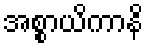
အစ္စာယိကာနိ